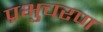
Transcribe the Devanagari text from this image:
प्रभुचरण